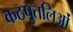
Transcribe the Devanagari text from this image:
कठपुतलिओं